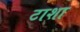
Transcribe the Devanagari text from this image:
टाशा